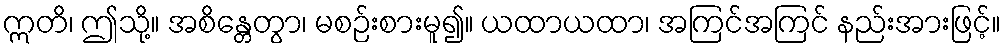
ဣတိ၊ ဤသို့။ အစိန္တေတွာ၊ မစဉ်းစားမူ၍။ ယထာယထာ၊ အကြင်အကြင် နည်းအားဖြင့်။